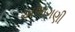
અભાગણી